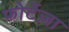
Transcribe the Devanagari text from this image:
फोर्टेज़ा